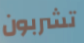
تشربون